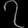
Digit: ၇